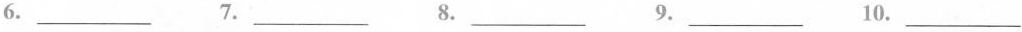
6.___ 7.___ 8.___ 9.___ 10.___